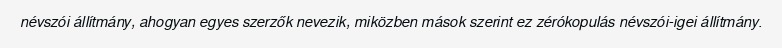
névszói állítmány, ahogyan egyes szerzők nevezik, miközben mások szerint ez zérókopulás névszói-igei állítmány.